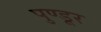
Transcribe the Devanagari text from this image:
पुण्डूर